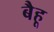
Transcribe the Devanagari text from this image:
बैहू